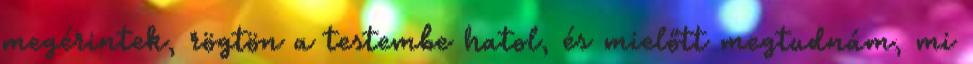
megérintek, rögtön a testembe hatol, és mielőtt megtudnám, mi